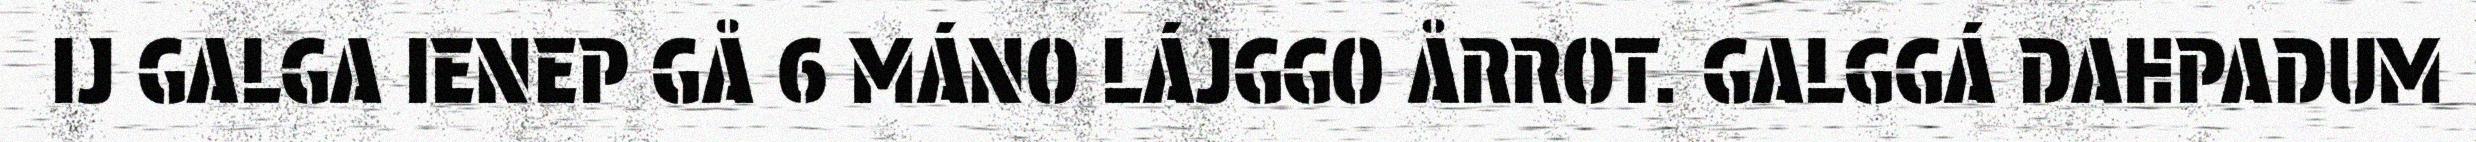
IJ GALGA IENEP GÅ 6 MÁNO LÁJGGO ÅRROT. GALGGÁ DAHPADUM